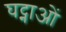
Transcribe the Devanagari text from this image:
घट्नाओं